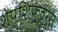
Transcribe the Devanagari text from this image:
शेपशिफ्टर्स